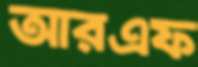
আরএফ